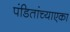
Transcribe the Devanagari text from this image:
पंडितांच्याएका